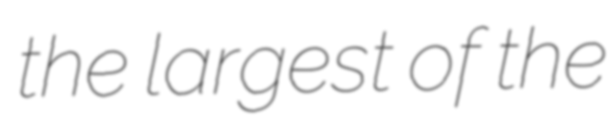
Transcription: the largest of the